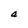
Character: a